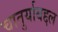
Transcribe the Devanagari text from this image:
चातुर्याबद्दल